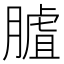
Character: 𦟰